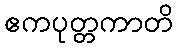
ဧကပုတ္တကာတိ